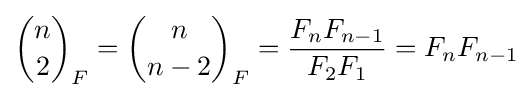
{\binom {n}{2}}_{F}={\binom {n}{n-2}}_{F}={\frac {F_{n}F_{n-1}}{F_{2}F_{1}}}=F_{n}F_{n-1}